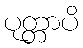
ပုတ္တာပိ